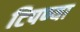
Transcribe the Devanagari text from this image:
टिपण्या